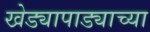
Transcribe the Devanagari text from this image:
खेड्यापाड्याच्या